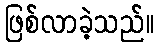
ဖြစ်လာခဲ့သည်။